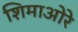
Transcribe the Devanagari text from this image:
शिमाओरे